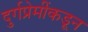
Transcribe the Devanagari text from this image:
दुर्गप्रेमींकडून